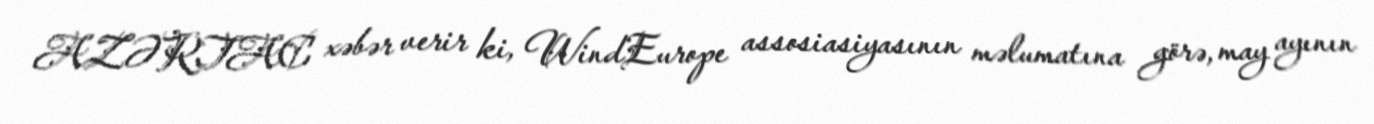
AZƏRTAC xəbər verir ki, WindEurope assosiasiyasının məlumatına görə, may ayının